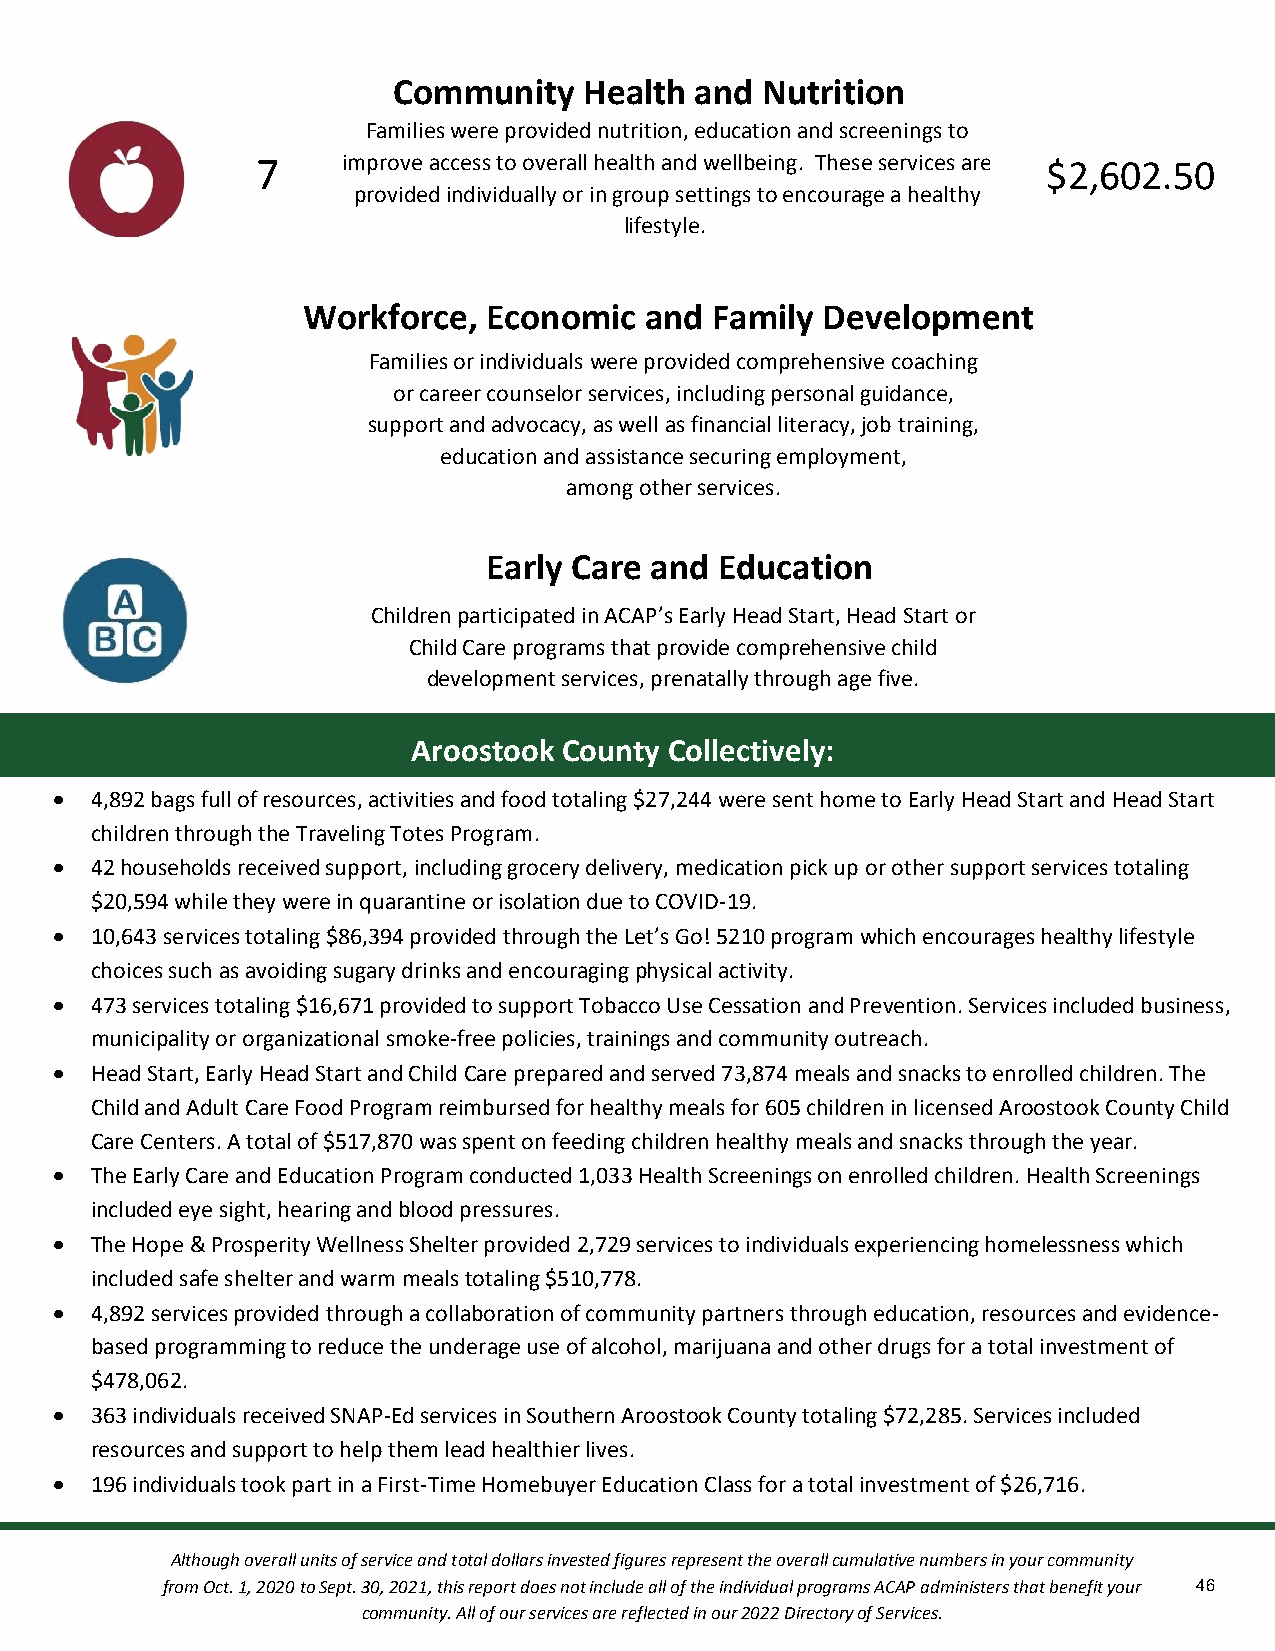
Community    Health and Nutrition
 Families were provided nutrition, education and screenings to
 7     imp rove access to overall healt&h a nd wellbeing. These services are $2,602.50
 provided individually or in group settings to encourage a healthy
 lifestyle.
 cation
 Workforce,  Economic   and Family Development
 Families or individuals were provided comprehensive coaching
 or career counselor services, including personal guidacnacet,i on
 support and advocacy, as well as financial literacy, job training,
 education and assistance securing employment,
 among other services.
 Early Care and  Education
 Children participated in ACAP’s Early Head Start, Head Start or
 Child Care programs that provide comprehensive child
 development services, prenatally through age five.
 Aroostook County Collectively:
  4,892 bags full of resources, activities and food totaling $27,244 were sent home to Early Head Start and Head Start
 children through the Traveling Totes Program.
  42 households received support, including grocery delivery, medication pick up or other support services totaling
 $20,594 while they were in quarantine or isolation due to COVID-19.
  10,643 services totaling $86,394 provided through the Let’s Go! 5210 program which encourages healthy lifestyle
 choices such as avoiding sugary drinks and encouraging physical activity.
  473 services totaling $16,671 provided to support Tobacco Use Cessation and Prevention. Services included business,
 municipality or organizational smoke-free policies, trainings and community outreach.
  Head Start, Early Head Start and Child Care prepared and served 73,874 meals and snacks to enrolled children. The
 Child and Adult Care Food Program reimbursed for healthy meals for 605 children in licensed Aroostook County Child
 Care Centers. A total of $517,870 was spent on feeding children healthy meals and snacks through the year.
  The Early Care and Education Program conducted 1,033 Health Screenings on enrolled children. Health Screenings
 included eye sight, hearing and blood pressures.
  The Hope & Prosperity Wellness Shelter provided 2,729 services to individuals experiencing homelessness which
 included safe shelter and warm meals totaling $510,778.
  4,892 services provided through a collaboration of community partners through education, resources and evidence-
 based programming to reduce the underage use of alcohol, marijuana and other drugs for a total investment of
 $478,062.
  363 individuals received SNAP-Ed services in Southern Aroostook County totaling $72,285. Services included
 resources and support to help them lead healthier lives.
  196 individuals took part in a First-Time Homebuyer Education Class for a total investment of $26,716.
 Although overall units of service and total dollars invested figures represent the overall cumulative numbers in your community
 from Oct. 1, 2020 to Sept. 30, 2021, this report does not include all of the individual programs ACAP administers that benefit your 46
 community. All of our services are reflected in our 2022 Directory of Services.